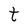
Character: t